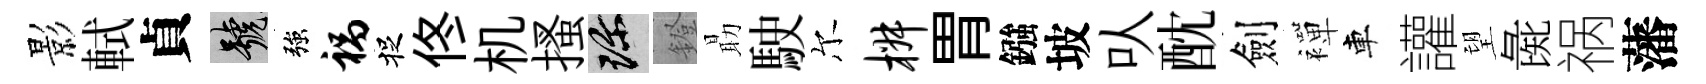
影軾貞號強祸捉佟机搔珍鐙朂駛尔椒胃鏹坡㕥酖劍襌車讙望彘祸藩